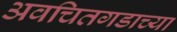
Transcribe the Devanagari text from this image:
अवचितगडाच्या